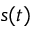
s ( t )